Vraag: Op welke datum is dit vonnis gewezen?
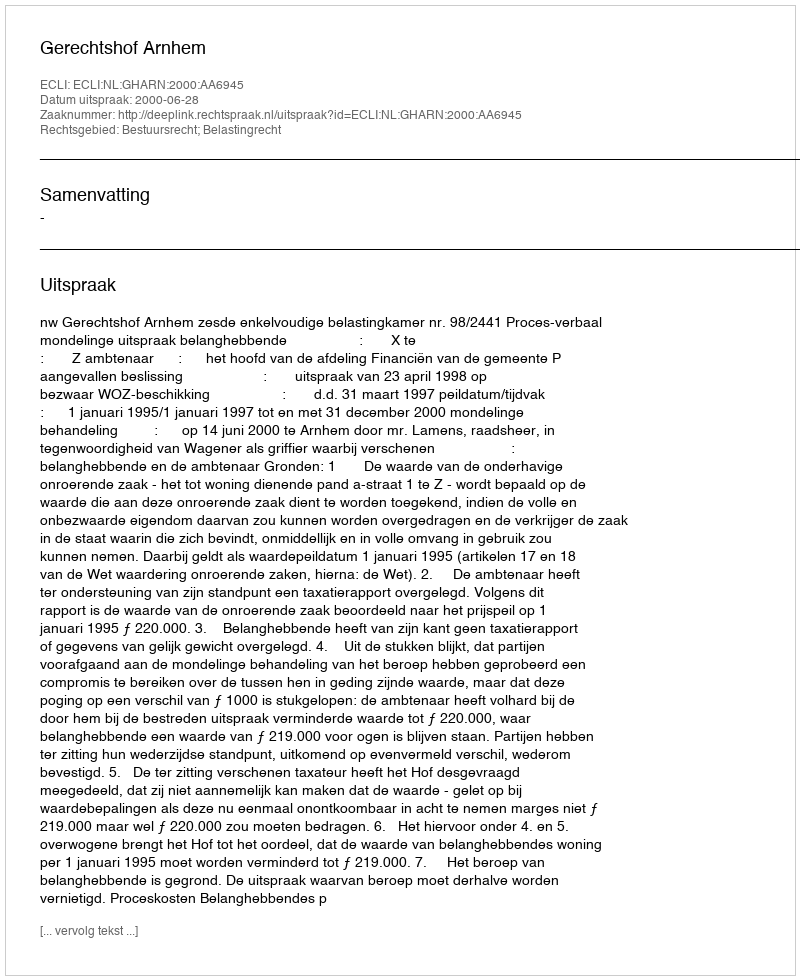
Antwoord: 2000-06-28